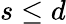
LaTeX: s\leq d